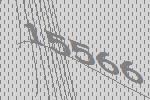
15566